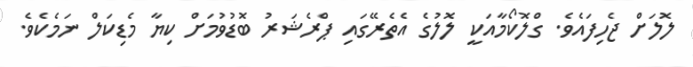
ލޮލަށް ޖެހިފައެވެ. ގްލޮކޯމާއަކީ ލޮލުގެ އެތެރޭގައި ޕްރެޝަރު ބޮޑުވުމަށް ކިޔާ މެޑިކަލް ނަމެކެވެ.